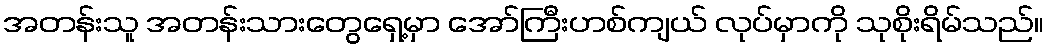
အတန်းသူ အတန်းသားတွေရှေ့မှာ အော်ကြီးဟစ်ကျယ် လုပ်မှာကို သုစိုးရိမ်သည်။